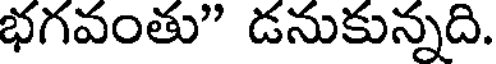
భగవంతు" డనుకున్నది.